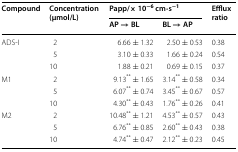
<table><thead><tr><td rowspan="2"><b>Compound</b></td><td rowspan="2"><b>Concentration (μmol/L)</b></td><td colspan="2"><b>Papp/× 10<sup>−6</sup> cm·s<sup>−1</sup></b></td><td rowspan="2"><b>Efflux ratio</b></td></tr><tr><td><b>AP → BL</b></td><td><b>BL → AP</b></td></tr></thead><tbody><tr><td rowspan="3">ADS-I</td><td>2</td><td>6.66 ± 1.32</td><td>2.50 ± 0.53</td><td>0.38</td></tr><tr><td>5</td><td>3.10 ± 0.33</td><td>1.66 ± 0.24</td><td>0.54</td></tr><tr><td>10</td><td>1.88 ± 0.21</td><td>0.69 ± 0.15</td><td>0.37</td></tr><tr><td rowspan="3">M1</td><td>2</td><td>9.13<sup>**</sup> ± 1.65</td><td>3.14<sup>**</sup> ± 0.58</td><td>0.34</td></tr><tr><td>5</td><td>6.07<sup>**</sup> ± 0.74</td><td>3.45<sup>**</sup> ± 0.67</td><td>0.57</td></tr><tr><td>10</td><td>4.30<sup>**</sup> ± 0.43</td><td>1.76<sup>**</sup> ± 0.26</td><td>0.41</td></tr><tr><td rowspan="3">M2</td><td>2</td><td>10.48<sup>**</sup> ± 1.21</td><td>4.53<sup>**</sup> ± 0.57</td><td>0.43</td></tr><tr><td>5</td><td>6.76<sup>**</sup> ± 0.85</td><td>2.60<sup>**</sup> ± 0.43</td><td>0.38</td></tr><tr><td>10</td><td>4.74<sup>**</sup> ± 0.47</td><td>2.12<sup>**</sup> ± 0.23</td><td>0.45</td></tr></tbody></table>